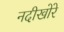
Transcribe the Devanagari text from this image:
नदीखोरे